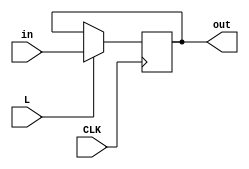
module IR (CLK, L, in, out);
	input L;					//Signal
	input CLK;
	input [15:0]in;
	output reg [15:0]out;
	
	initial begin
		out <=16'b0110000000000000;
	end
	always @(posedge CLK) begin
		if (L) begin
			out<=in;
		end 
	end
endmodule